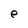
Character: e